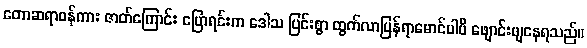
တောဆရာဝန်ကား ဇာတ်ကြောင်း ပြောရင်းက ဒေါသ ပြင်းစွာ ထွက်လာပြန်ရာမောင်ပါပီ ဖျောင်းဖျနေရသည်။